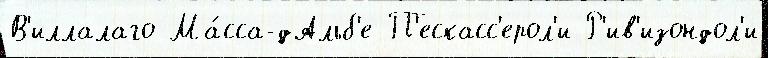
В'иллалаго Ма́сса-дАльб'е П'ескасс'ерол'и Р'ив'изондол'и